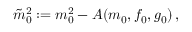
\tilde { m } _ { 0 } ^ { 2 } : = m _ { 0 } ^ { 2 } - A ( m _ { 0 } , f _ { 0 } , g _ { 0 } ) \, ,